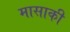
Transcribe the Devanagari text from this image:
मासाकी